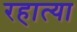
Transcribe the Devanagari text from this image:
रहात्या